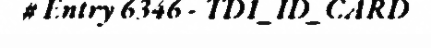
# Entry 6346 - TD1_ID_CARD